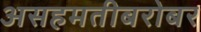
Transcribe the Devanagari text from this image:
असहमतीबरोबर